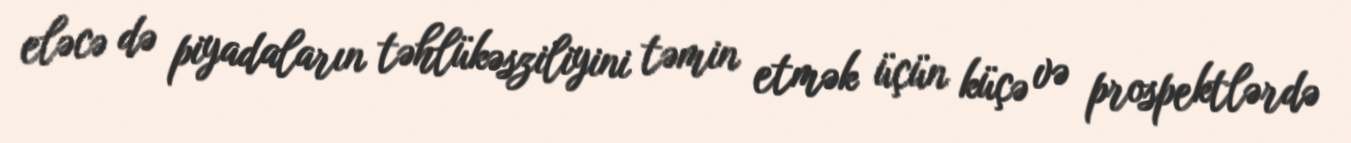
eləcə də piyadaların təhlükəsziliyini təmin etmək üçün küçə və prospektlərdə